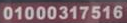
01000317516